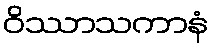
ဝိဿာသကာနံ